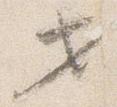
せ